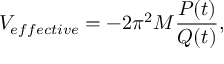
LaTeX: V _ { e f f e c t i v e } = - 2 \pi ^ { 2 } M \frac { P ( t ) } { Q ( t ) } ,